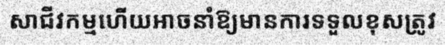
សាជីវកម្មហើយអាចនាំឱ្យមានការទទួលខុសត្រូវ